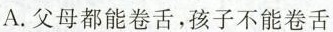
A.父母都能卷舌，孩子不能卷舌